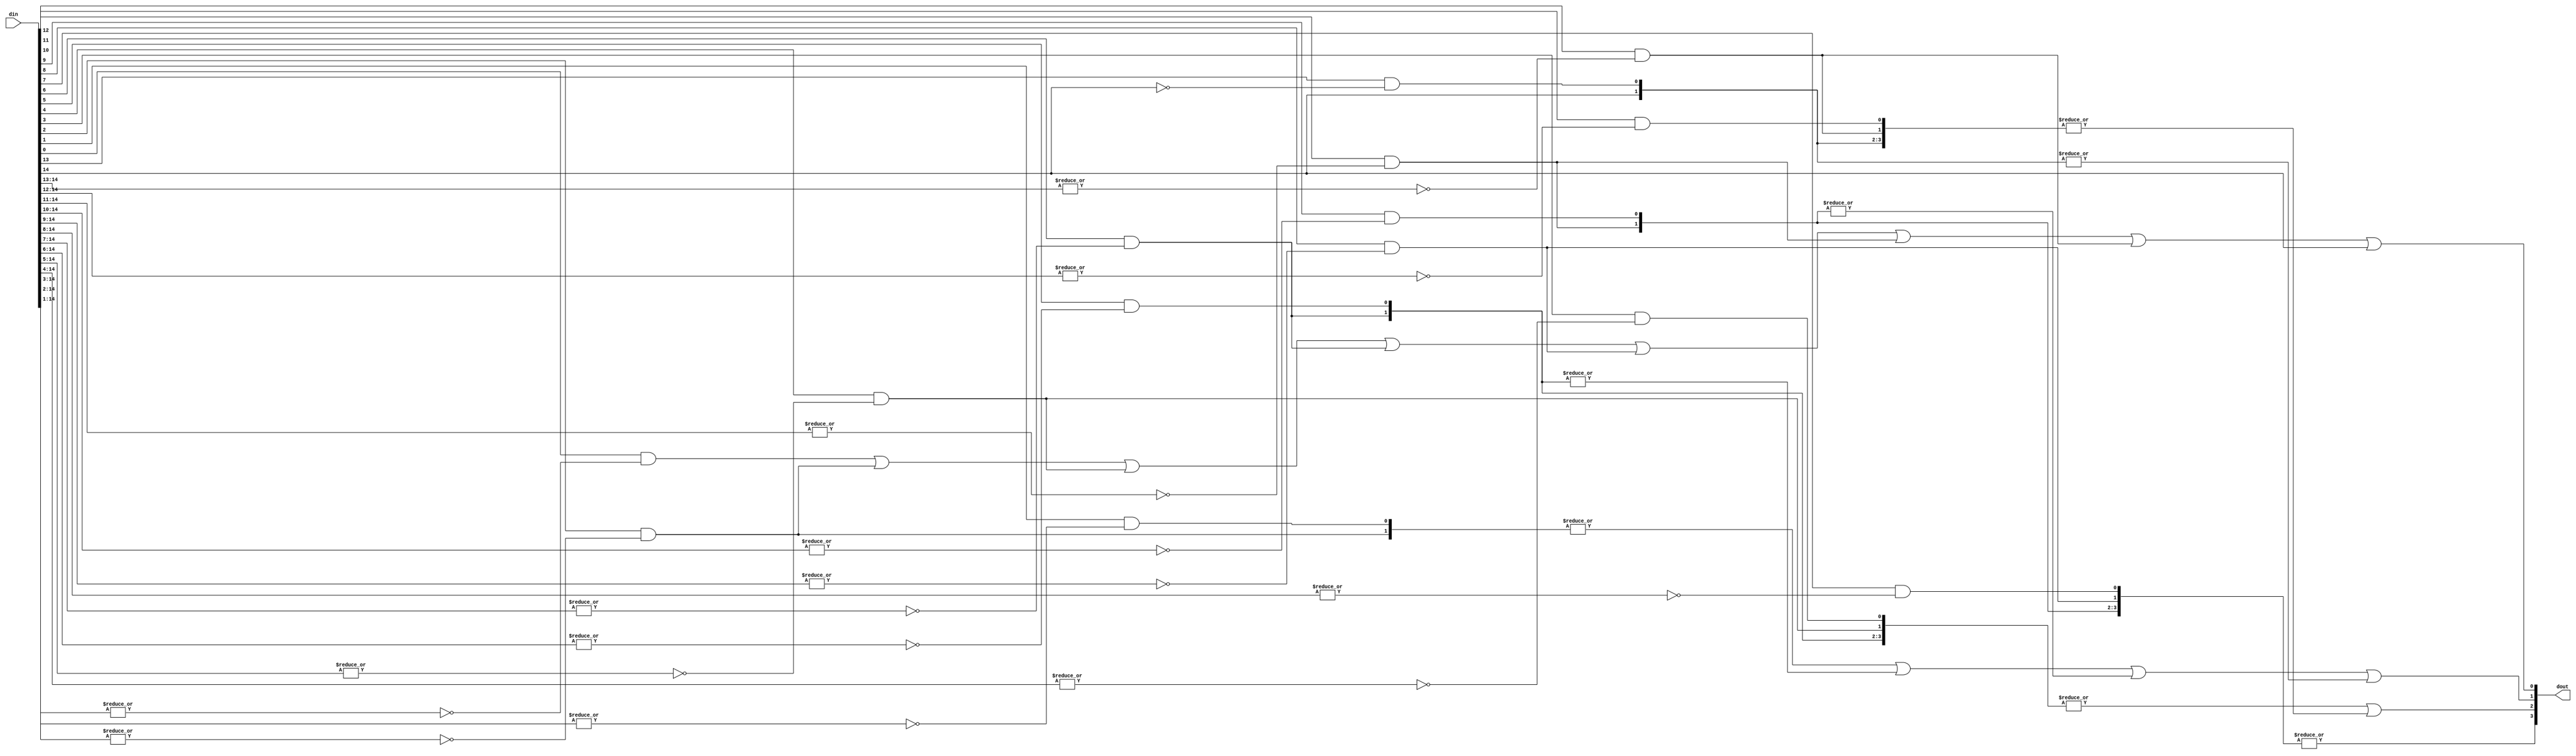
module	tlu_prencoder16 (din, dout);

input	[14:0]	din  ;
output	[3:0]	dout ;

wire	[14:0]	onehot ;

assign	onehot[14] = din[14] ;
assign	onehot[13] = din[13] & ~din[14] ;
assign	onehot[12] = din[12] & ~(|din[14:13]) ;
assign	onehot[11] = din[11] & ~(|din[14:12]) ;
assign	onehot[10] = din[10] & ~(|din[14:11]) ;
assign	onehot[9]  = din[9]  & ~(|din[14:10]) ;
assign	onehot[8]  = din[8]  & ~(|din[14:9]) ;
assign	onehot[7]  = din[7]  & ~(|din[14:8]) ;
assign	onehot[6]  = din[6]  & ~(|din[14:7]) ;
assign	onehot[5]  = din[5]  & ~(|din[14:6]) ;
assign	onehot[4]  = din[4]  & ~(|din[14:5]) ;
assign	onehot[3]  = din[3]  & ~(|din[14:4]) ;
assign	onehot[2]  = din[2]  & ~(|din[14:3]) ;
assign	onehot[1]  = din[1]  & ~(|din[14:2]) ;
assign	onehot[0]  = din[0]  & ~(|din[14:1]) ;
//assign	onehot[0]  = din[0]  & ~(|din[15:1]) ;

assign	dout[3]  =  |onehot[14:7] ;
assign	dout[2]  = (|onehot[6:3]) | (|onehot[14:11]) ;
assign	dout[1]  = (|onehot[2:1]) | (|onehot[6:5]) |
		   (|onehot[10:9]) | (|onehot[14:13]) ;
assign	dout[0]  =  onehot[0] | onehot[2] | onehot[4] | onehot[6] |
		    onehot[8] | onehot[10] | onehot[12] | onehot[14] ;

endmodule